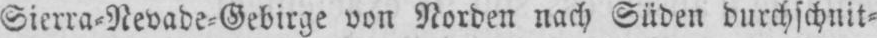
Sierra⸗Nevade⸗Gebirge von Norden nach Süden durchschnit⸗